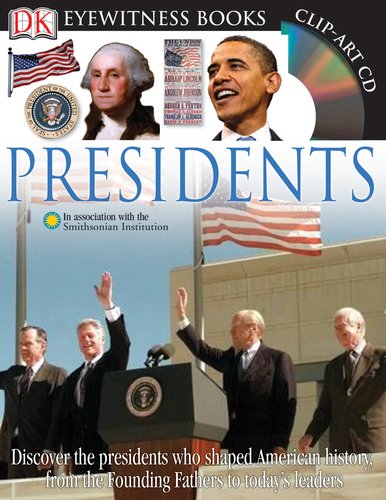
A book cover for Presidents (Eyewitness Books); James David Barber; Children's Books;